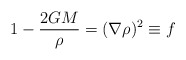
\begin{align*}1 - \frac{2GM}{\rho} = (\nabla\rho)^2 \equiv f\end{align*}